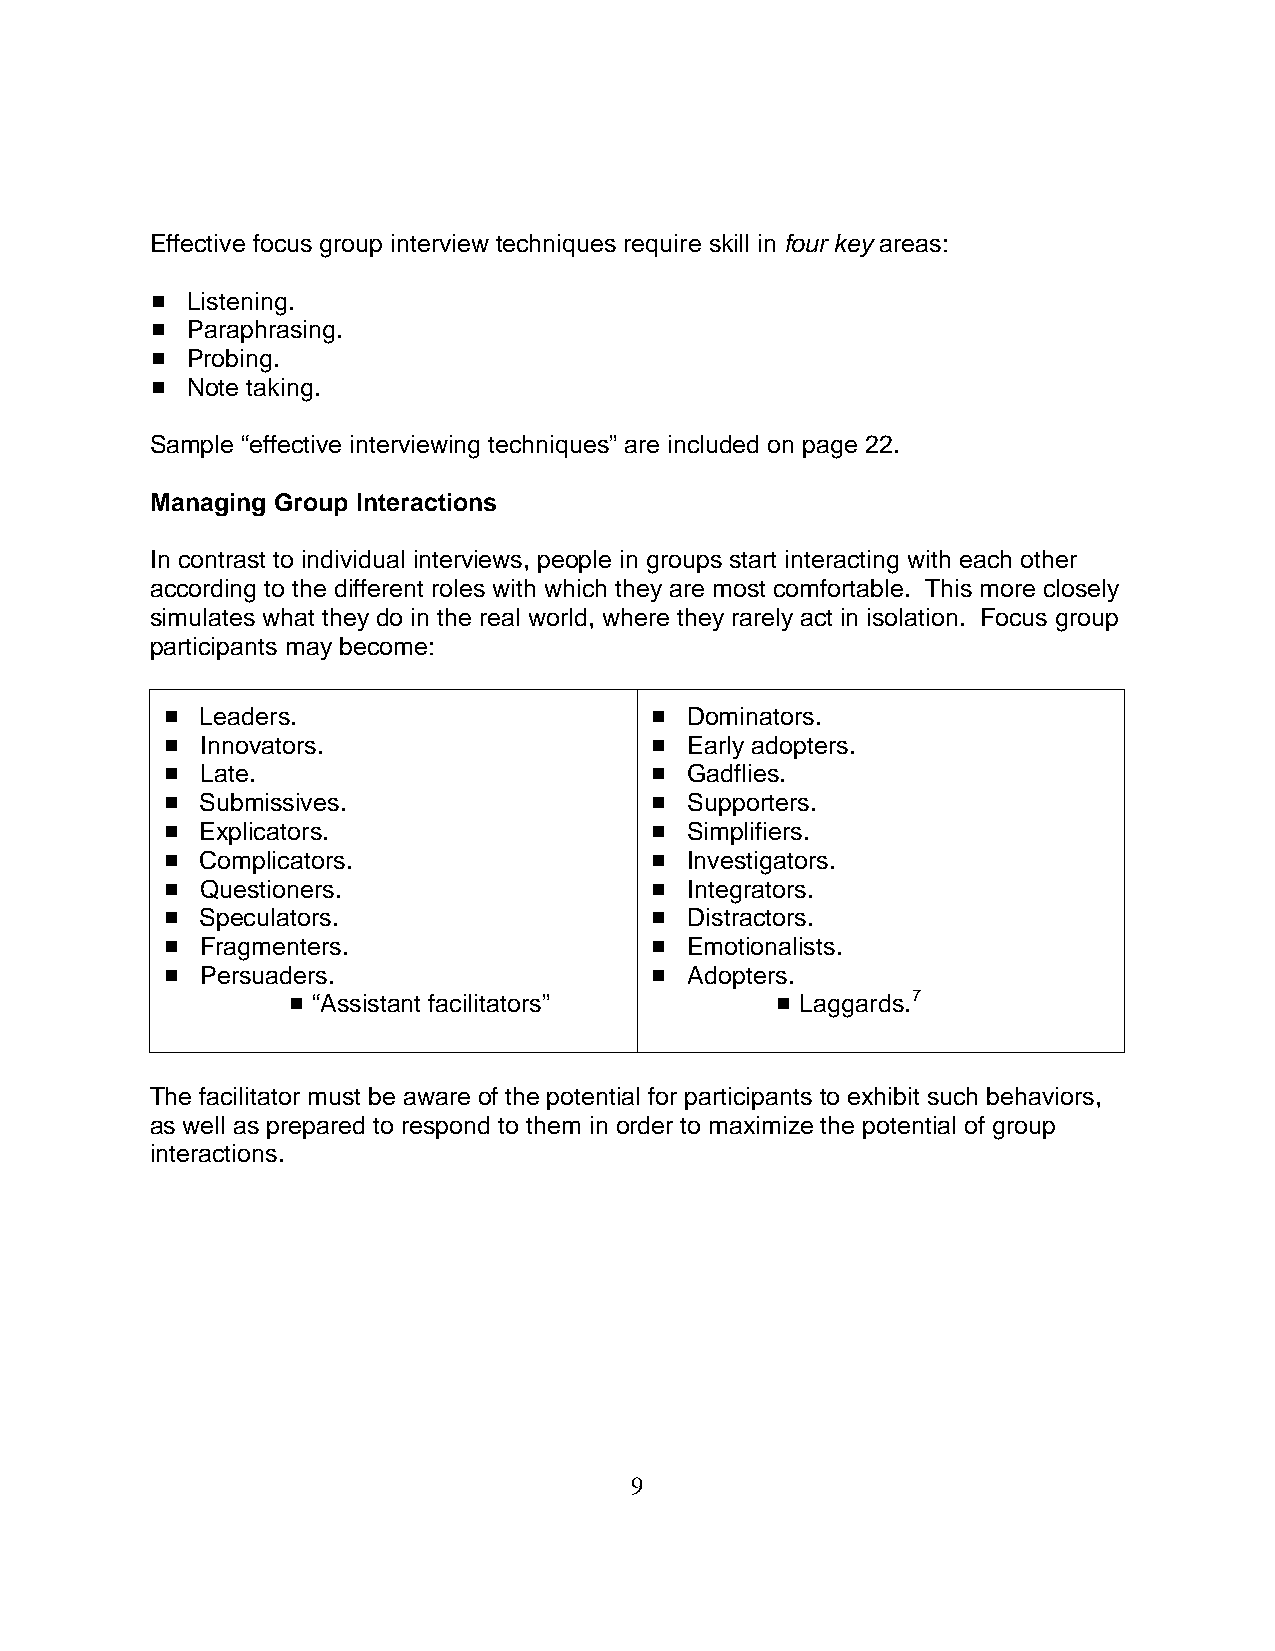
Effective focus group interview techniques require skill in four key areas:
 # Listening.
 # Paraphrasing.
 # Probing.
 # Note taking.
 Sample “effective interviewing techniques” are included on page 22.
 Managing Group Interactions
 In contrast to individual interviews, people in groups start interacting with each other
 according to the different roles with which they are most comfortable. This more closely
 simulates what they do in the real world, where they rarely act in isolation. Focus group
 participants may become:
 # Leaders.                      #  Dominators.
 # Innovators.                   #  Early adopters.
 # Late.                         #  Gadflies.
 # Submissives.                  #  Supporters.
 # Explicators.                  #  Simplifiers.
 # Complicators.                 #  Investigators.
 # Questioners.                  #  Integrators.
 # Speculators.                  #  Distractors.
 # Fragmenters.                  #  Emotionalists.
 # Persuaders.                   #  Adopters.
 # “Assistant facilitators”      # Laggards.7
 The facilitator must be aware of the potential for participants to exhibit such behaviors,
 as well as prepared to respond to them in order to maximize the potential of group
 interactions.
 9